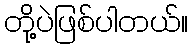
တို့ပဲဖြစ်ပါတယ်။